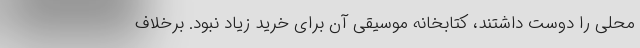
محلی را دوست داشتند، کتابخانه موسیقی آن برای خرید زیاد نبود. برخلاف